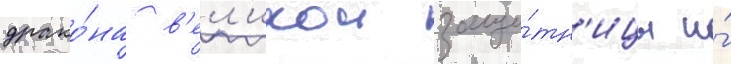
драко́на в'ел'икои защи́тн'ицы и́